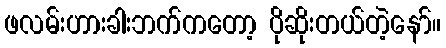
ဖလမ်းဟားခါးဘက်ကတော့ ပိုဆိုးတယ်တဲ့နော်။